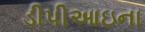
ડીપીઆઇના